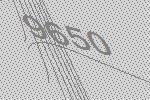
9650